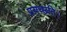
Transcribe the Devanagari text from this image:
प्रयच्छति।